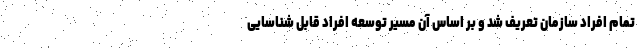
تمام افراد سازمان تعریف شد و بر اساس آن مسیر توسعه افراد قابل شناسایی